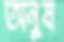
অনুষ